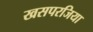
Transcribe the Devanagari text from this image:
खसपरजिया